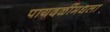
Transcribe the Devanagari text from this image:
पायदळींमधला